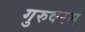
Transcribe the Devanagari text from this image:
गुरुवरम